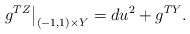
LaTeX: \begin{align*}g^{TZ}\big|_{(-1,1)\times Y} = du^2 + g^{TY}.\end{align*}